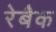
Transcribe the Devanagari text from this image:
रेबैक